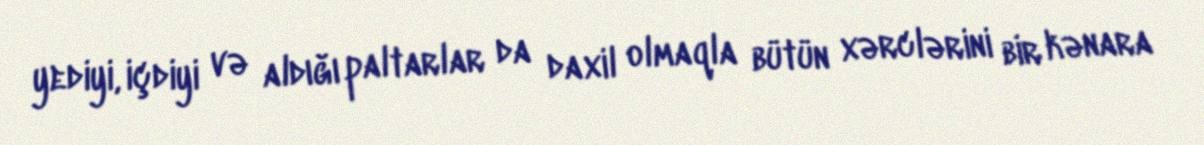
yediyi, içdiyi və aldığı paltarlar da daxil olmaqla bütün xərclərini bir kənara